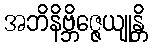
အဘိနိဗ္ဘိဇ္ဇေယျုန္တိ